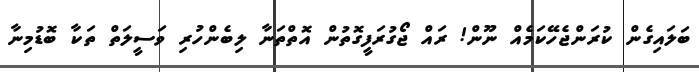
ބަލައިގެން ކުރަންޖެހޭކަމެއް ނޫން! ރައް ޖޯގުރަފީގޮތުން އޮތްތަނާ ލިބެންހުރި ވަސީލަތް ތަކާ ބޮޑުމިނާ